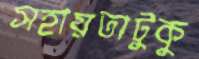
সহায়তাটুকু